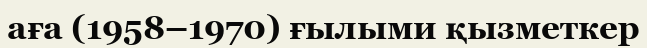
аға (1958–1970) ғылыми қызметкер